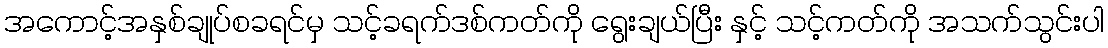
အကောင့်အနှစ်ချုပ်စခရင်မှ သင့်ခရက်ဒစ်ကတ်ကို ရွေးချယ်ပြီး နှင့် သင့်ကတ်ကို အသက်သွင်းပါ